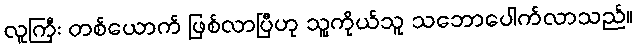
လူကြီး တစ်ယောက် ဖြစ်လာပြီဟု သူ့ကိုယ်သူ သဘောပေါက်လာသည်။